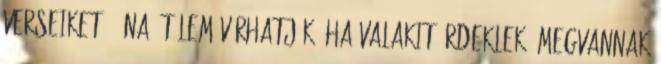
verseiket -- na, tőlem várhatják. Ha valakit érdeklek, megvannak